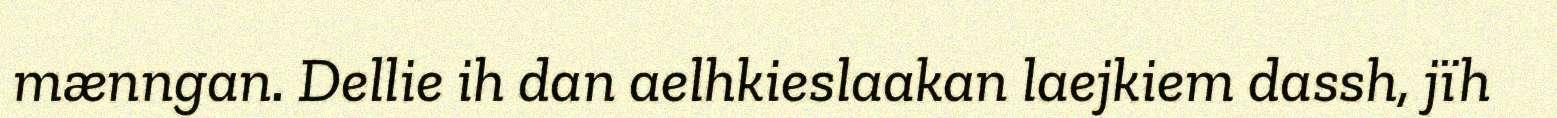
mænngan. Dellie ih dan aelhkieslaakan laejkiem dassh, jïh